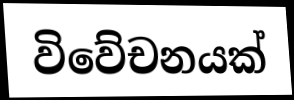
විවේචනයක්